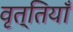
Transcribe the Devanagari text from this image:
वृत्तियॉँ